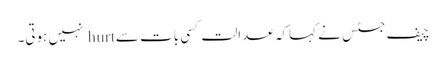
چیف جسٹس نے کہاکہ عدالت کسی بات سے hurt نہیں ہوتی۔